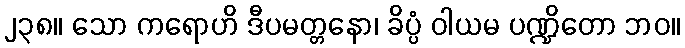
၂၃၈။ သော ကရောဟိ ဒီပမတ္တနော၊ ခိပ္ပံ ဝါယမ ပဏ္ဍိတော ဘဝ။